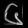
Digit: ၆